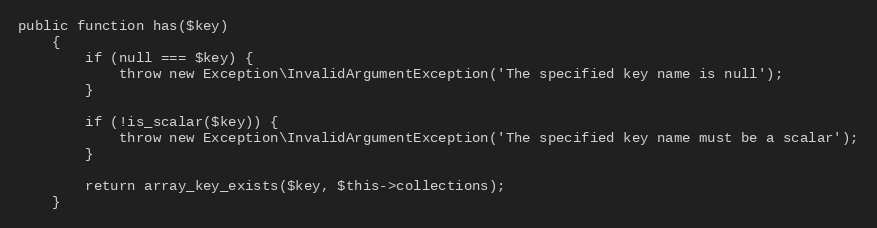
Language: PHP
public function has($key)
    {
        if (null === $key) {
            throw new Exception\InvalidArgumentException('The specified key name is null');
        }

        if (!is_scalar($key)) {
            throw new Exception\InvalidArgumentException('The specified key name must be a scalar');
        }

        return array_key_exists($key, $this->collections);
    }